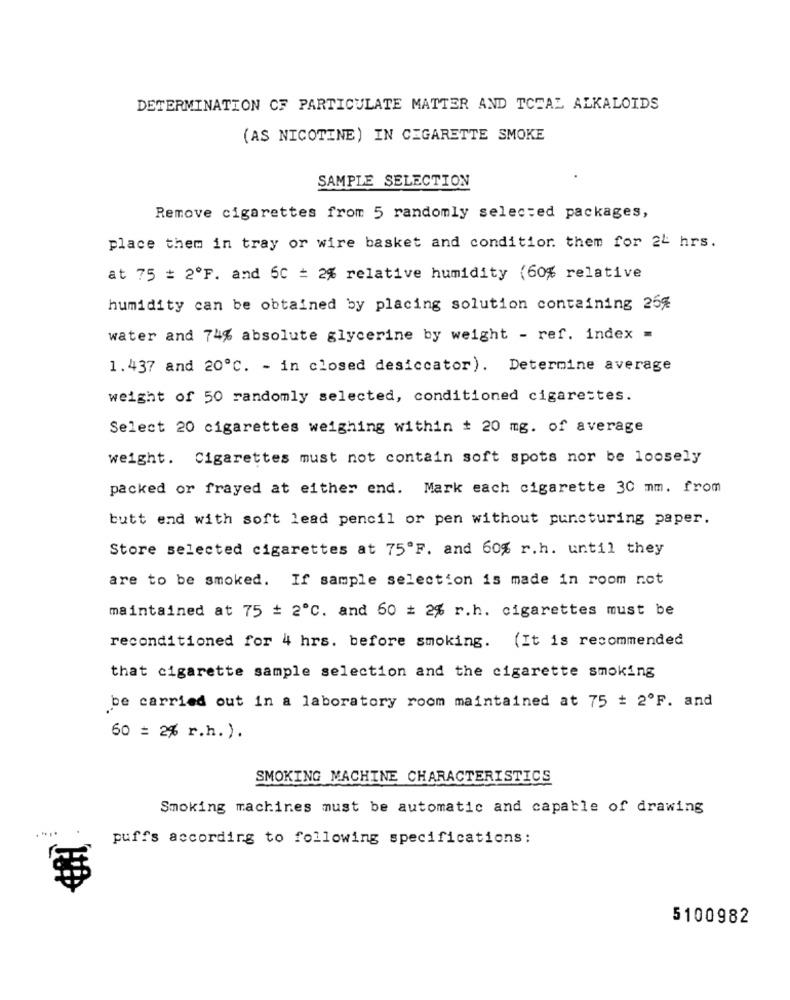
DETERMINATION CF PARTICULATE MATTER AND TCEAL ALKALOIDS
(AS NICOTINE) IN CIGARETTE SMOKE
SAMPLE SELECTION
Remove cigarettes from 5 randomly selected packages,
place them in tray or wire basket and condition them for 24 hrs.
at 75 # 2ºF. and 60 = 2% relative humidity (60% relative
humidity can be obtained by placing solution containing 26%
water and 74% absolute glycerine by weight - ref. index =
1.437 and 20℃. - in closed desiccator). Determine average
weight of 50 randomly selected, conditioned cigarettes.
Select 20 cigarettes weighing within # 20 mg. of average
weight. Cigarettes must not contain soft spots nor be loosely
packed or frayed at either end. Mark each cigarette 30 mm. from
butt end with soft lead pencil or pen without puncturing paper.
Store selected cigarettes at 75ºF. and 60% r.h. until they
are to be smoked. If sample selection is made in room not
maintained at 75 # 2℃. and 60 + 2% r.h. cigarettes must be
reconditioned for 4 hrs. before smoking. (It is recommended
that cigarette sample selection and the cigarette smoking
be carried out in a laboratory room maintained at 75 # 2ºF. and
60 = 2% r.h.).
SMOKING MACHINE CHARACTERISTICS
Smoking machines must be automatic and capable of drawing
puffs according to following specifications:
5100982